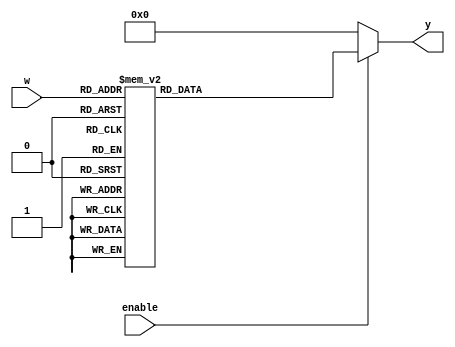
// File ./Stage2/RegisterFile/dec3to8.vhd translated with vhd2vl v3.0 VHDL to Verilog RTL translator
// vhd2vl settings:
//  * Verilog Module Declaration Style: 2001

// vhd2vl is Free (libre) Software:
//   Copyright (C) 2001 Vincenzo Liguori - Ocean Logic Pty Ltd
//     http://www.ocean-logic.com
//   Modifications Copyright (C) 2006 Mark Gonzales - PMC Sierra Inc
//   Modifications (C) 2010 Shankar Giri
//   Modifications Copyright (C) 2002-2017 Larry Doolittle
//     http://doolittle.icarus.com/~larry/vhd2vl/
//   Modifications (C) 2017 Rodrigo A. Melo
//
//   vhd2vl comes with ABSOLUTELY NO WARRANTY.  Always check the resulting
//   Verilog for correctness, ideally with a formal verification tool.
//
//   You are welcome to redistribute vhd2vl under certain conditions.
//   See the license (GPLv2) file included with the source for details.

// The result of translation follows.  Its copyright status should be
// considered unchanged from the original VHDL.

// no timescale needed

module dec3to8(
input wire [2:0] w,
input wire enable,
output reg [7:0] y
);





  always @(w, enable) begin
    if(enable == 1'b0) begin
      y <= 8'b00000000;
    end
    else begin
      case(w)
      3'b000 : begin
        y <= 8'b10000000;
      end
      3'b001 : begin
        y <= 8'b01000000;
      end
      3'b010 : begin
        y <= 8'b00100000;
      end
      3'b011 : begin
        y <= 8'b00010000;
      end
      3'b100 : begin
        y <= 8'b00001000;
      end
      3'b101 : begin
        y <= 8'b00000100;
      end
      3'b110 : begin
        y <= 8'b00000010;
      end
      3'b111 : begin
        y <= 8'b00000001;
      end
      default : begin
        y <= 8'b00000000;
      end
      endcase
    end
  end


endmodule